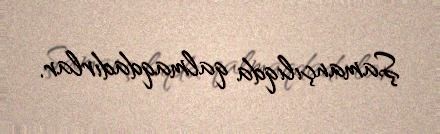
Şamançılıqda qalmaqdadırlar.